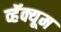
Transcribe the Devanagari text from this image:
व्हॅक्यूम